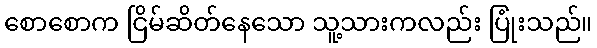
စောစောက ငြိမ်ဆိတ်နေသော သူ့သားကလည်း ပြုံးသည်။